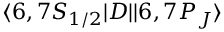
\ensuremath { \langle 6 , 7 S _ { 1 / 2 } | } D \ensuremath { | | 6 , 7 P _ { J } \rangle }